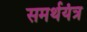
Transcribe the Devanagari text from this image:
समर्थयंत्र